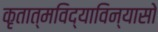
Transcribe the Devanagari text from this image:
कृतात्मविद्याविन्यासो